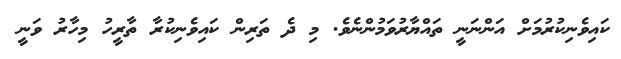
ކައިވެނިކުރުމަށް އަންނަނީ ތައްޔާރުވަމުންނެވެ. މި ދެ ތަރިން ކައިވެނިކުރާ ތާރީހު މިހާރު ވަނީ